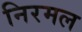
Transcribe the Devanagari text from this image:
निरमल